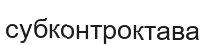
субконтроктава